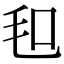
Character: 𣬣